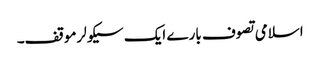
اسلامی تصوف بارے ایک سیکولرموقف۔